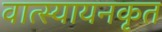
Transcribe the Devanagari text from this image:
वात्स्यायनकृत